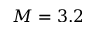
M = 3 . 2